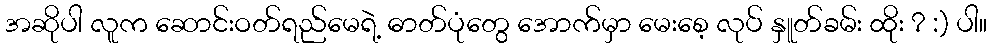
အဆိုပါ လူက ဆောင်းဝတ်ရည်မေရဲ့ ဓာတ်ပုံတွေ အောက်မှာ မေးစေ့ လုပ် နှူတ်ခမ်း ထိုး ? :) ပါ။